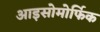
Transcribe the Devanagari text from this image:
आइसोमोर्फिक